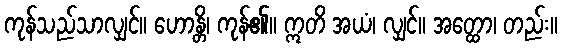
ကုန်သည်သာလျှင်။ ဟောန္တိ၊ ကုန်၏။ ဣတိ အယံ၊ လျှင်။ အတ္ထော၊ တည်း။